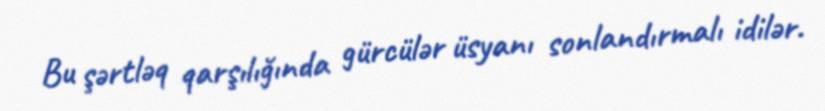
Bu şərtləq qarşılığında gürcülər üsyanı sonlandırmalı idilər.